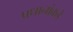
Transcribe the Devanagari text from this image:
प्रधानांकडे